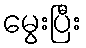
မွေးပြီး